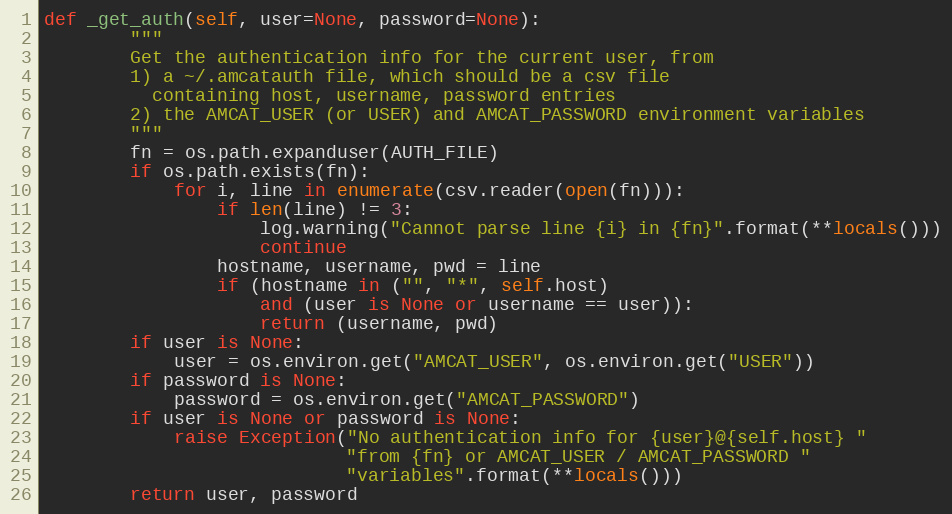
Language: Python
def _get_auth(self, user=None, password=None):
        """
        Get the authentication info for the current user, from
        1) a ~/.amcatauth file, which should be a csv file
          containing host, username, password entries
        2) the AMCAT_USER (or USER) and AMCAT_PASSWORD environment variables
        """
        fn = os.path.expanduser(AUTH_FILE)
        if os.path.exists(fn):
            for i, line in enumerate(csv.reader(open(fn))):
                if len(line) != 3:
                    log.warning("Cannot parse line {i} in {fn}".format(**locals()))
                    continue
                hostname, username, pwd = line
                if (hostname in ("", "*", self.host)
                    and (user is None or username == user)):
                    return (username, pwd)
        if user is None:
            user = os.environ.get("AMCAT_USER", os.environ.get("USER"))
        if password is None:
            password = os.environ.get("AMCAT_PASSWORD")
        if user is None or password is None:
            raise Exception("No authentication info for {user}@{self.host} "
                            "from {fn} or AMCAT_USER / AMCAT_PASSWORD "
                            "variables".format(**locals()))
        return user, password